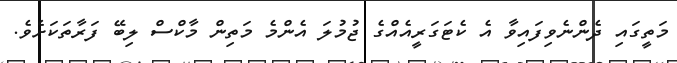
މަތީގައި ދެންނެވިފައިވާ އެ ކެޓަގަރީއެއްގެ ޖުމުލަ އެންމެ މަތިން މާކްސް ލިބޭ ފަރާތަކަށެވެ.